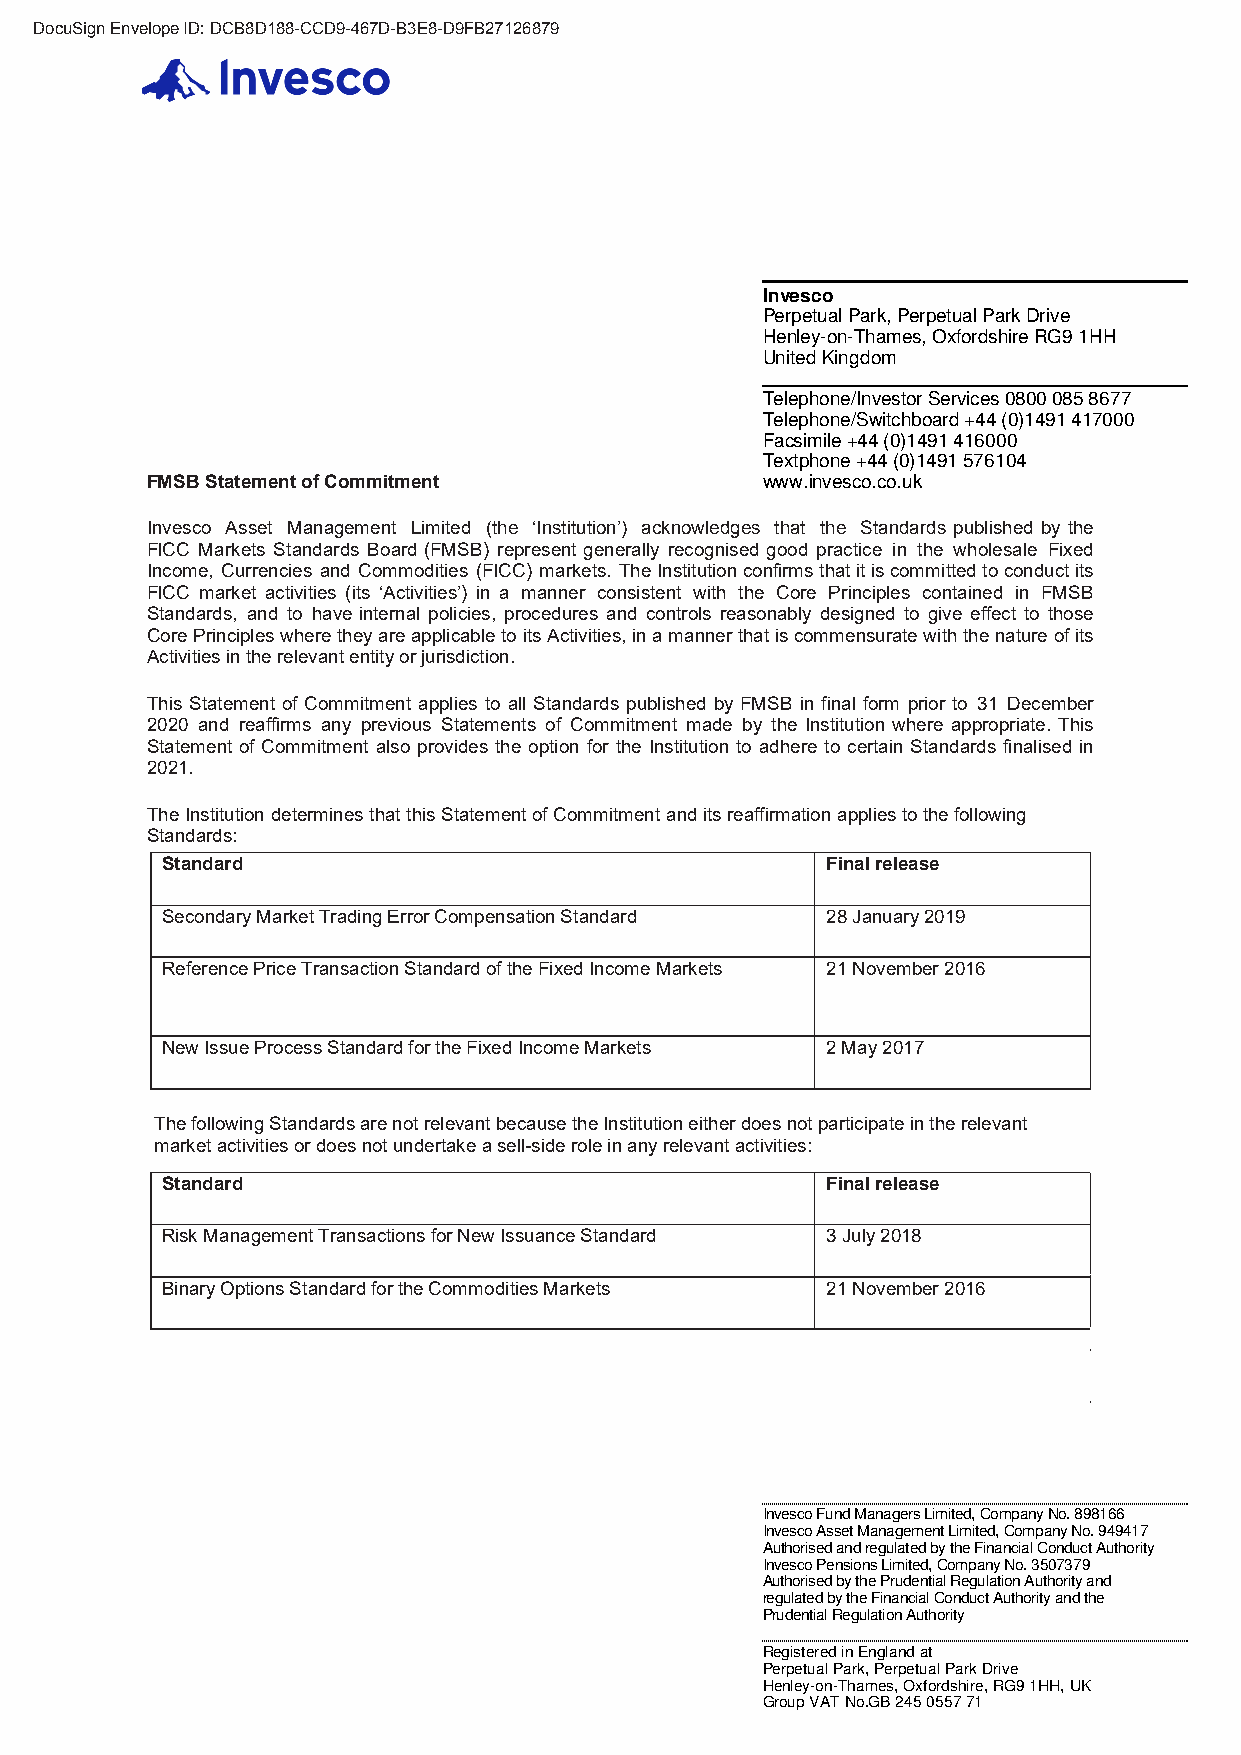
DocuSign Envelope ID: DCB8D188-CCD9-467D-B3E8-D9FB27126879
 Invesco
 Perpetual Park, Perpetual Park Drive
 Henley-on-Thames, Oxfordshire RG9 1HH
 United Kingdom
 Telephone/Investor Services 0800 085 8677
 Telephone/Switchboard +44 (0)1491 417000
 Facsimile +44 (0)1491 416000
 Textphone +44 (0)1491 576104
 FMSB Statement of Commitment            www.invesco.co.uk
 Invesco Asset Management Limited (the ‘Institution’) acknowledges that the Standards published by the
 FICC Markets Standards Board (FMSB) represent generally recognised good practice in the wholesale Fixed
 Income, Currencies and Commodities (FICC) markets. The Institution confirms that it is committed to conduct its
 FICC market activities (its ‘Activities’) in a manner consistent with the Core Principles contained in FMSB
 Standards, and to have internal policies, procedures and controls reasonably designed to give effect to those
 Core Principles where they are applicable to its Activities, in a manner that is commensurate with the nature of its
 Activities in the relevant entity or jurisdiction.
 This Statement of Commitment applies to all Standards published by FMSB in final form prior to 31 December
 2020 and reaffirms any previous Statements of Commitment made by the Institution where appropriate. This
 Statement of Commitment also provides the option for the Institution to adhere to certain Standards finalised in
 2021.
 The Institution determines that this Statement of Commitment and its reaffirmation applies to the following
 Standards:
 Standard                                    Final release
 Secondary Market Trading Error Compensation Standard 28 January 2019
 Reference Price Transaction Standard of the Fixed Income Markets 21 November 2016
 New Issue Process Standard for the Fixed Income Markets 2 May 2017
 The following Standards are not relevant because the Institution either does not participate in the relevant
 market activities or does not undertake a sell-side role in any relevant activities:
 Standard                                    Final release
 Risk Management Transactions for New Issuance Standard 3 July 2018
 Binary Options Standard for the Commodities Markets 21 November 2016
 Invesco Fund Managers Limited, Company No. 898166
 Invesco Asset Management Limited, Company No. 949417
 Authorised and regulated by the Financial Conduct Authority
 Invesco Pensions Limited, Company No. 3507379
 Authorised by the Prudential Regulation Authority and
 regulated by the Financial Conduct Authority and the
 Prudential Regulation Authority
 Registered in England at
 Perpetual Park, Perpetual Park Drive
 Henley-on-Thames, Oxfordshire, RG9 1HH, UK
 Group VAT No.GB 245 0557 71